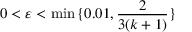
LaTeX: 0 < \varepsilon < \operatorname* { m i n } { \{ 0 . 0 1 , { \frac { 2 } { 3 ( k + 1 ) } } \} }